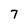
Character: 7